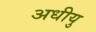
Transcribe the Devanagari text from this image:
अधीयु